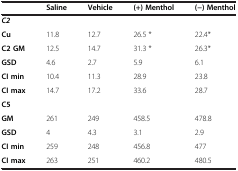
<table><thead><tr><td><b> </b></td><td><b>Saline</b></td><td><b>Vehicle</b></td><td><b>(+) Menthol</b></td><td><b>(−) Menthol</b></td></tr></thead><tbody><tr><td colspan="5"><b><i>C2</i></b></td></tr><tr><td><b>Cu</b></td><td>11.8</td><td>12.7</td><td>26.5 *</td><td>22.4*</td></tr><tr><td><b>C2 GM</b></td><td>12.5</td><td>14.7</td><td>31.3 *</td><td>26.3*</td></tr><tr><td><b>GSD</b></td><td>4.6</td><td>2.7</td><td>5.9</td><td>6.1</td></tr><tr><td><b>CI min</b></td><td>10.4</td><td>11.3</td><td>28.9</td><td>23.8</td></tr><tr><td><b>CI max</b></td><td>14.7</td><td>17.2</td><td>33.6</td><td>28.7</td></tr><tr><td colspan="5"><b>C5</b></td></tr><tr><td><b>GM</b></td><td>261</td><td>249</td><td>458.5</td><td>478.8</td></tr><tr><td><b>GSD</b></td><td>4</td><td>4.3</td><td>3.1</td><td>2.9</td></tr><tr><td><b>CI min</b></td><td>259</td><td>248</td><td>456.8</td><td>477</td></tr><tr><td><b>CI max</b></td><td>263</td><td>251</td><td>460.2</td><td>480.5</td></tr></tbody></table>